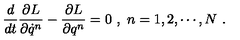
\frac { d } { d t } \frac { \partial L } { \partial \dot { q } ^ { n } } - \frac { \partial L } { \partial q ^ { n } } = 0 \ , \ n = 1 , 2 , \cdots , N \ .